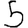
Digit: 5